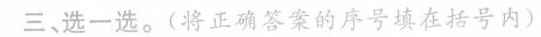
三、选一选。(将正确答案的序号填在括号内)